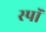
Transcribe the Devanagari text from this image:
स्पॉ